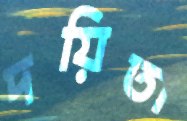
দয়িতা